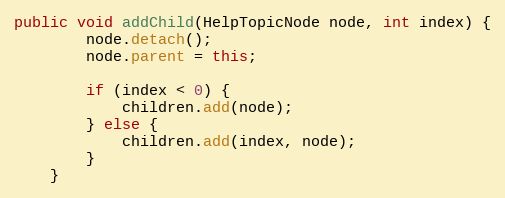
Language: Java
public void addChild(HelpTopicNode node, int index) {
        node.detach();
        node.parent = this;

        if (index < 0) {
            children.add(node);
        } else {
            children.add(index, node);
        }
    }